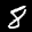
Label: 8